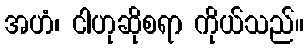
အဟံ၊ ငါဟုဆိုစရာ ကိုယ်သည်။